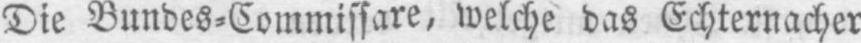
Die Bundes⸗Commissare, welche das Echternacher